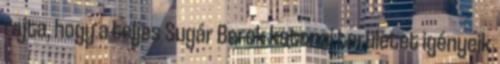
rajta, hogy a teljes Sugár Berek katonai területet igényeik